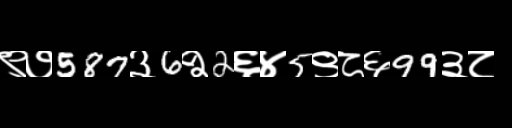
Text: ९७587३6२2६४5९८६99३८